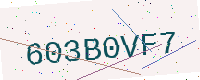
Text: 603B0VF7